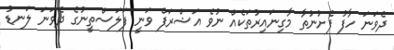
ދެވަނަ ހާފު ފެށުނުތާ މާގިނައިރުތަކެއް ނުވެ އަޝްރަފް ވަނީ ފަލަސްތީނުގެ ދެވަނަ ލަނޑު